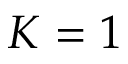
K = 1